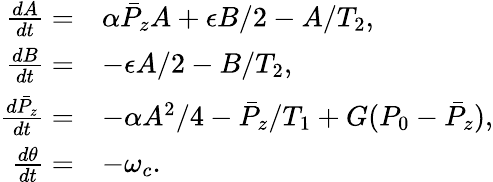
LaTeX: \begin{array}{rl}{\frac{dA}{dt}=}&{\alpha\bar{P}_{z}A+\epsilon B/2-A/T_{2},}\\ {\frac{dB}{dt}=}&{-\epsilon A/2-B/T_{2},}\\ {\frac{d\bar{P}_{z}}{dt}=}&{-\alpha A^{2}/4-\bar{P}_{z}/T_{1}+G(P_{0}-\bar{P}_{z}),}\\ {\frac{d\theta}{dt}=}&{-\omega_{c}.}\end{array}